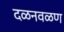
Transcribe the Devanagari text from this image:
दळनवळण